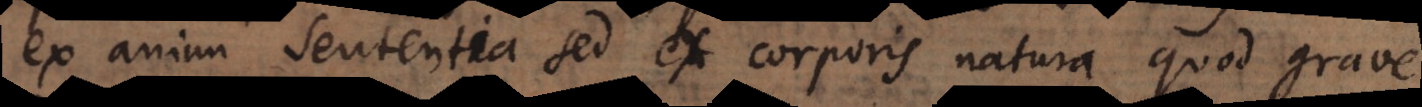
ex animi sententia sed ex corporis natura quod grave